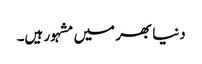
دنیا بھر میں مشہور ہیں۔